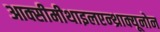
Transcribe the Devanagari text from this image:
आक्सीमीथाइलएन्थ्राक्यूनोन